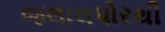
જલાલપોરથી